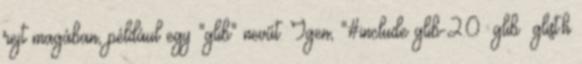
rejt magában, például egy "glib" nevűt. Igen, "#include glib-2.0 glib glist.h